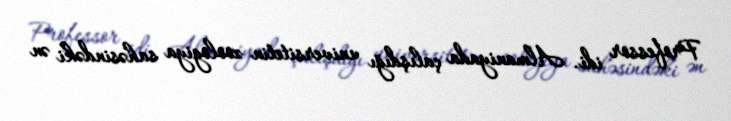
Professor idi. Almaniyada çalışdığı universitetin zoologiya sahəsindəki ən